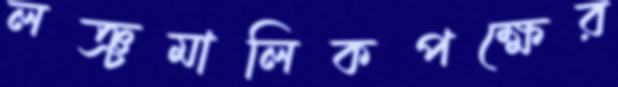
লঞ্চমালিকপক্ষের